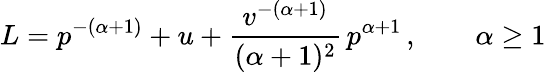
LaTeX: L=p^{-(\alpha+1)}+u+{\frac{v^{-(\alpha+1)}}{(\alpha+1)^{2}}}\, p^{\alpha+1}\, ,\quad\quad\alpha\ge 1